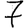
Digit: 7